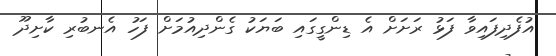
އުފެދިފައިވާ ފަޅު ރަށަށް އެ ޑިންގީގައި ބަޔަކު ގެންދިއުމަށް ފަހު އެނބުރި ކާށިދޫ